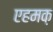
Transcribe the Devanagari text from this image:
एहमक़